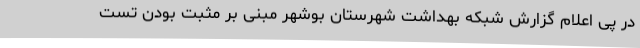
در پی اعلام گزارش شبکه بهداشت شهرستان بوشهر مبنی بر مثبت بودن تست